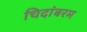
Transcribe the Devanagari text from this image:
चिदांबरम